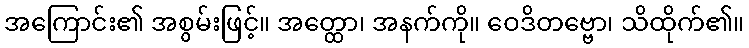
အကြောင်း၏ အစွမ်းဖြင့်။ အတ္ထော၊ အနက်ကို။ ဝေဒိတဗ္ဗော၊ သိထိုက်၏။